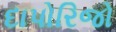
દાપોરિજો